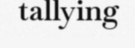
tallying